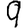
Digit: 9